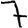
Digit: 7